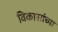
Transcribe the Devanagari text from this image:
विकासांच्या